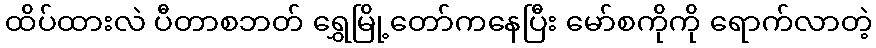
ထိပ်ထားလဲ ပီတာစဘတ် ရွှေမြို့တော်ကနေပြီး မော်စကိုကို ရောက်လာတဲ့